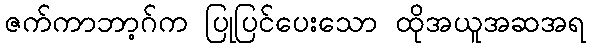
ဇက်ကာဘာ့ဂ်က ပြုပြင်ပေးသော ထိုအယူအဆအရ